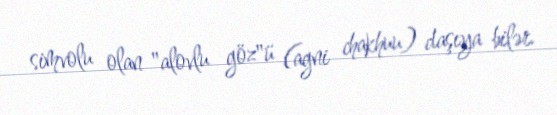
simvolu olan "alovlu göz"ü (agni chakhuu) daşıya bilər.